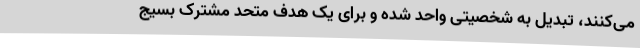
می‌کنند، تبدیل به شخصیتی واحد شده‌ و برای یک هدف متحد مشترک بسیج